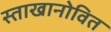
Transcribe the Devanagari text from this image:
स्ताखानोवित